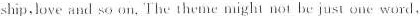
\underline{ship,Love and so on.} The theme mighi not be just one word,